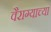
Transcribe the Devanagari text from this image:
वैराग्याच्या